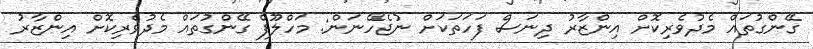
ގޭންގުތައް މެދުވެރިކޮށް އިންޒާރު ދިނަސް ފަހަތަކަށް ނުޖެހޭނަން: މަހްލޫފް ގޭންގުތައް މެދުވެރިކޮށް އިންޒާރު